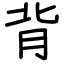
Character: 背